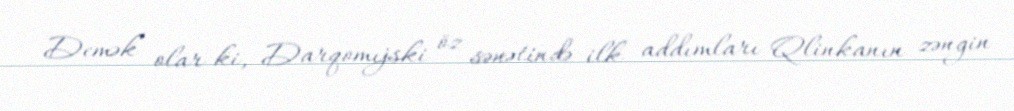
Demək olar ki, Darqomıjski öz sənətində ilk addımları Qlinkanın zəngin